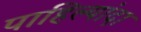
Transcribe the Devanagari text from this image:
पाहिल्यांदा